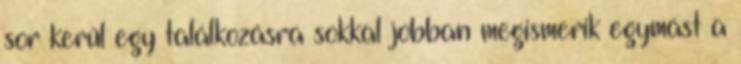
sor kerűl egy találkozásra sokkal jobban megismerik egymást a